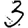
Digit: 3